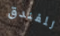
للفندق